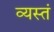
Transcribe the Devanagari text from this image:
व्यस्तं